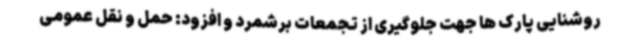
روشنایی پارک ها جهت جلوگیری از تجمعات برشمرد و افزود: حمل و نقل عمومی